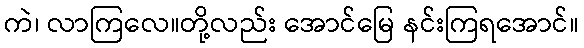
ကဲ၊ လာကြလေ။တို့လည်း အောင်မြေ နင်းကြရအောင်။